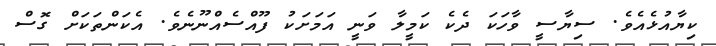
ކިޔާއުޅެއެވެ. ސިޔާސީ ވާހަކަ ދެކެ ކަމީލާ ވަނީ އަމަށަކު ފޫއްސެއްނޫނެވެ. އެކަންތަކަށް ގޮސް